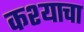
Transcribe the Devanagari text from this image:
कश्याचा